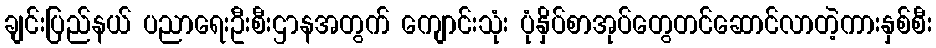
ချင်းပြည်နယ် ပညာရေးဦးစီးဌာနအတွက် ကျောင်းသုံး ပုံနှိပ်စာအုပ်တွေတင်ဆောင်လာတဲ့ကားနှစ်စီး